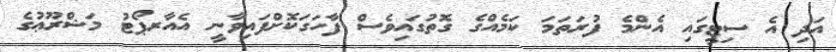
އަދި އެ ސިޓީގައި އެންމެ ފުރަތަމަ ކަމެއްގެ ގޮތުގައިވެސް ފާހަގަކޮށްފައިވާނީ އެއާރޕޯޓު މަޝްރޫޢުގެ